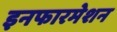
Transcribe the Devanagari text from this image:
इनफारमेशन